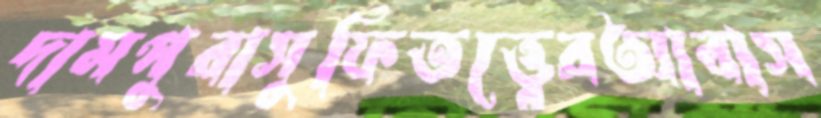
দামপুরাসুফিতত্ত্বেরআবাস